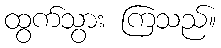
ထွက်သွား ကြသည်။